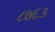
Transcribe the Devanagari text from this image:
८७६३